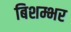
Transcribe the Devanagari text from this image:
बिशम्भर